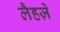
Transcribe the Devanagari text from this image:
लैहज़े